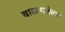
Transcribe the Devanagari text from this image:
बाळगलेल्या